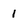
Character: 1